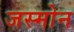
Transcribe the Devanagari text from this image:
जस्मोन